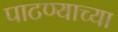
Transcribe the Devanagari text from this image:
पाटण्याच्या